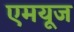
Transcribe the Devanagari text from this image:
एमयूज